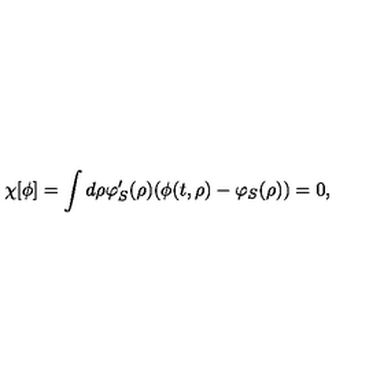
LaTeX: \chi [ \phi ] = \int d \rho \varphi _ { S } ^ { \prime } ( \rho ) ( \phi ( t , \rho ) - \varphi _ { S } ( \rho ) ) = 0 ,